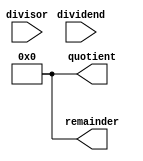
module Non_Restoring_Divider(
    input wire [7:0] dividend,
    input wire [7:0] divisor,
    output reg [7:0] quotient,
    output reg [7:0] remainder
);

reg [15:0] temp_remainder;
reg [7:0] temp_quotient;
reg [3:0] state;

always @ (posedge clk) begin
    case(state)
        0: begin
            if(temp_remainder[15] == 1)
                temp_remainder = temp_remainder + divisor;
            else
                temp_remainder = temp_remainder - divisor;
            state <= 1;
        end
        1: begin
            if(temp_remainder[15] == 1) begin
                temp_quotient = temp_quotient << 1;
                temp_remainder = temp_remainder << 1;
            end
            else begin
                temp_remainder = temp_remainder + divisor;
                temp_quotient = temp_quotient | 1;
            end
            state <= 0;
        end
        default: state <= 0;
    endcase
end

always @ (dividend, divisor) begin
    temp_remainder = {dividend, 8'b0};
    temp_quotient = 8'b0;
    state = 0;
end

assign quotient = temp_quotient;
assign remainder = temp_remainder[7:0];

endmodule